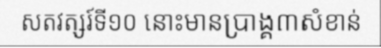
សតវត្សរ៍ទី១០ នោះមានប្រាង្គ៣សំខាន់